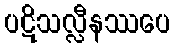
ပဋိသလ္လီနဿပေ